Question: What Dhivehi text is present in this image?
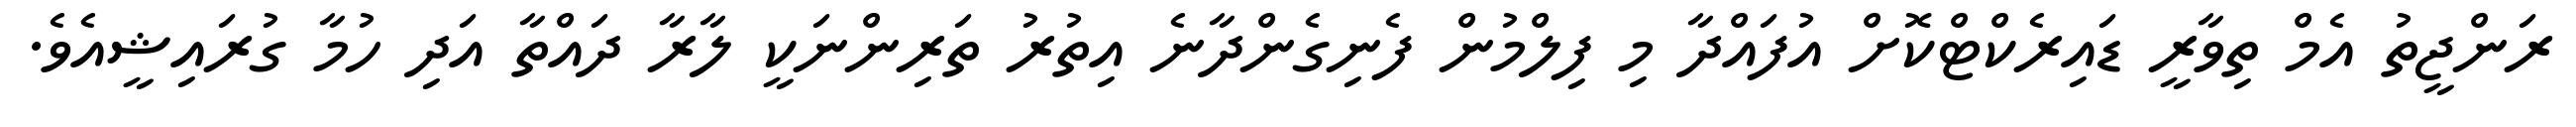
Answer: ރަންޖީތު އެމް ތިވާރީ ޑައިރެކްޓްކޮށް އުފައްދާ މި ފިލްމުން ފެނިގެންދާނެ އިތުރު ތަރިންނަކީ ލާރާ ދައްތާ އަދި ހުމާ ގުރައިޝީއެވެ.